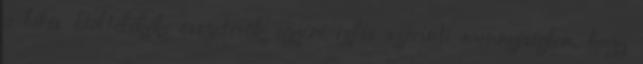
a bélés Töltelékek: összetevők egyéni ízlés szerinti mennyiségben, hogy